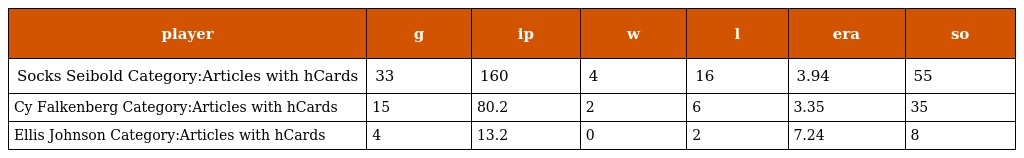
| player | g | ip | w | l | era | so |
 | --- | --- | --- | --- | --- | --- | --- |
 | Socks Seibold Category:Articles with hCards | 33 | 160 | 4 | 16 | 3.94 | 55 |
 | Cy Falkenberg Category:Articles with hCards | 15 | 80.2 | 2 | 6 | 3.35 | 35 |
 | Ellis Johnson Category:Articles with hCards | 4 | 13.2 | 0 | 2 | 7.24 | 8 |